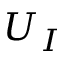
U _ { I }